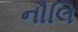
નૌલિ